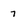
Character: 7